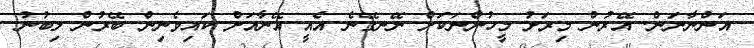
އަންނާނަން. އޭރުން މިރަށު މީހުންނަކަށް ނޭނގޭނެ އެއީ އޭނާއަށް ކައިވެނިން ބޭރުން ލިބުނު